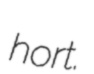
hort.